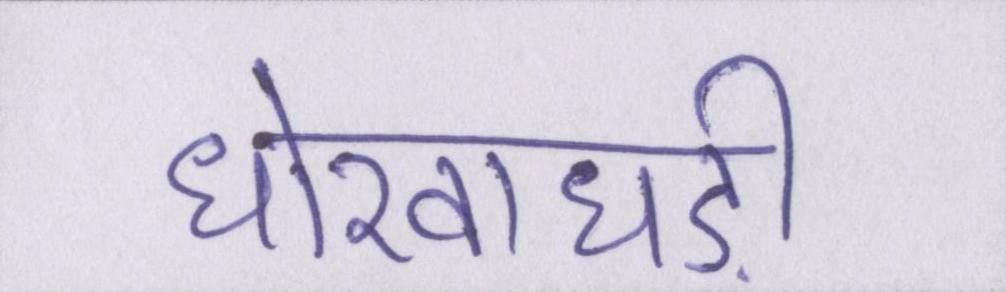
धोखाधड़ी